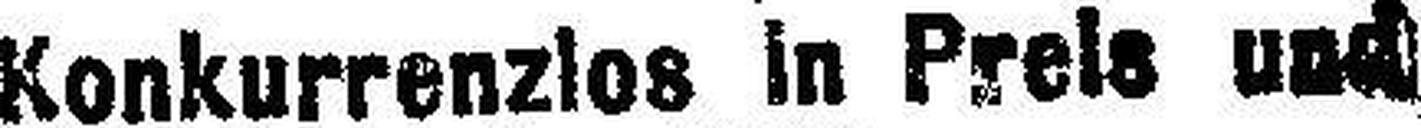
Konkurrenzlos in Preis und